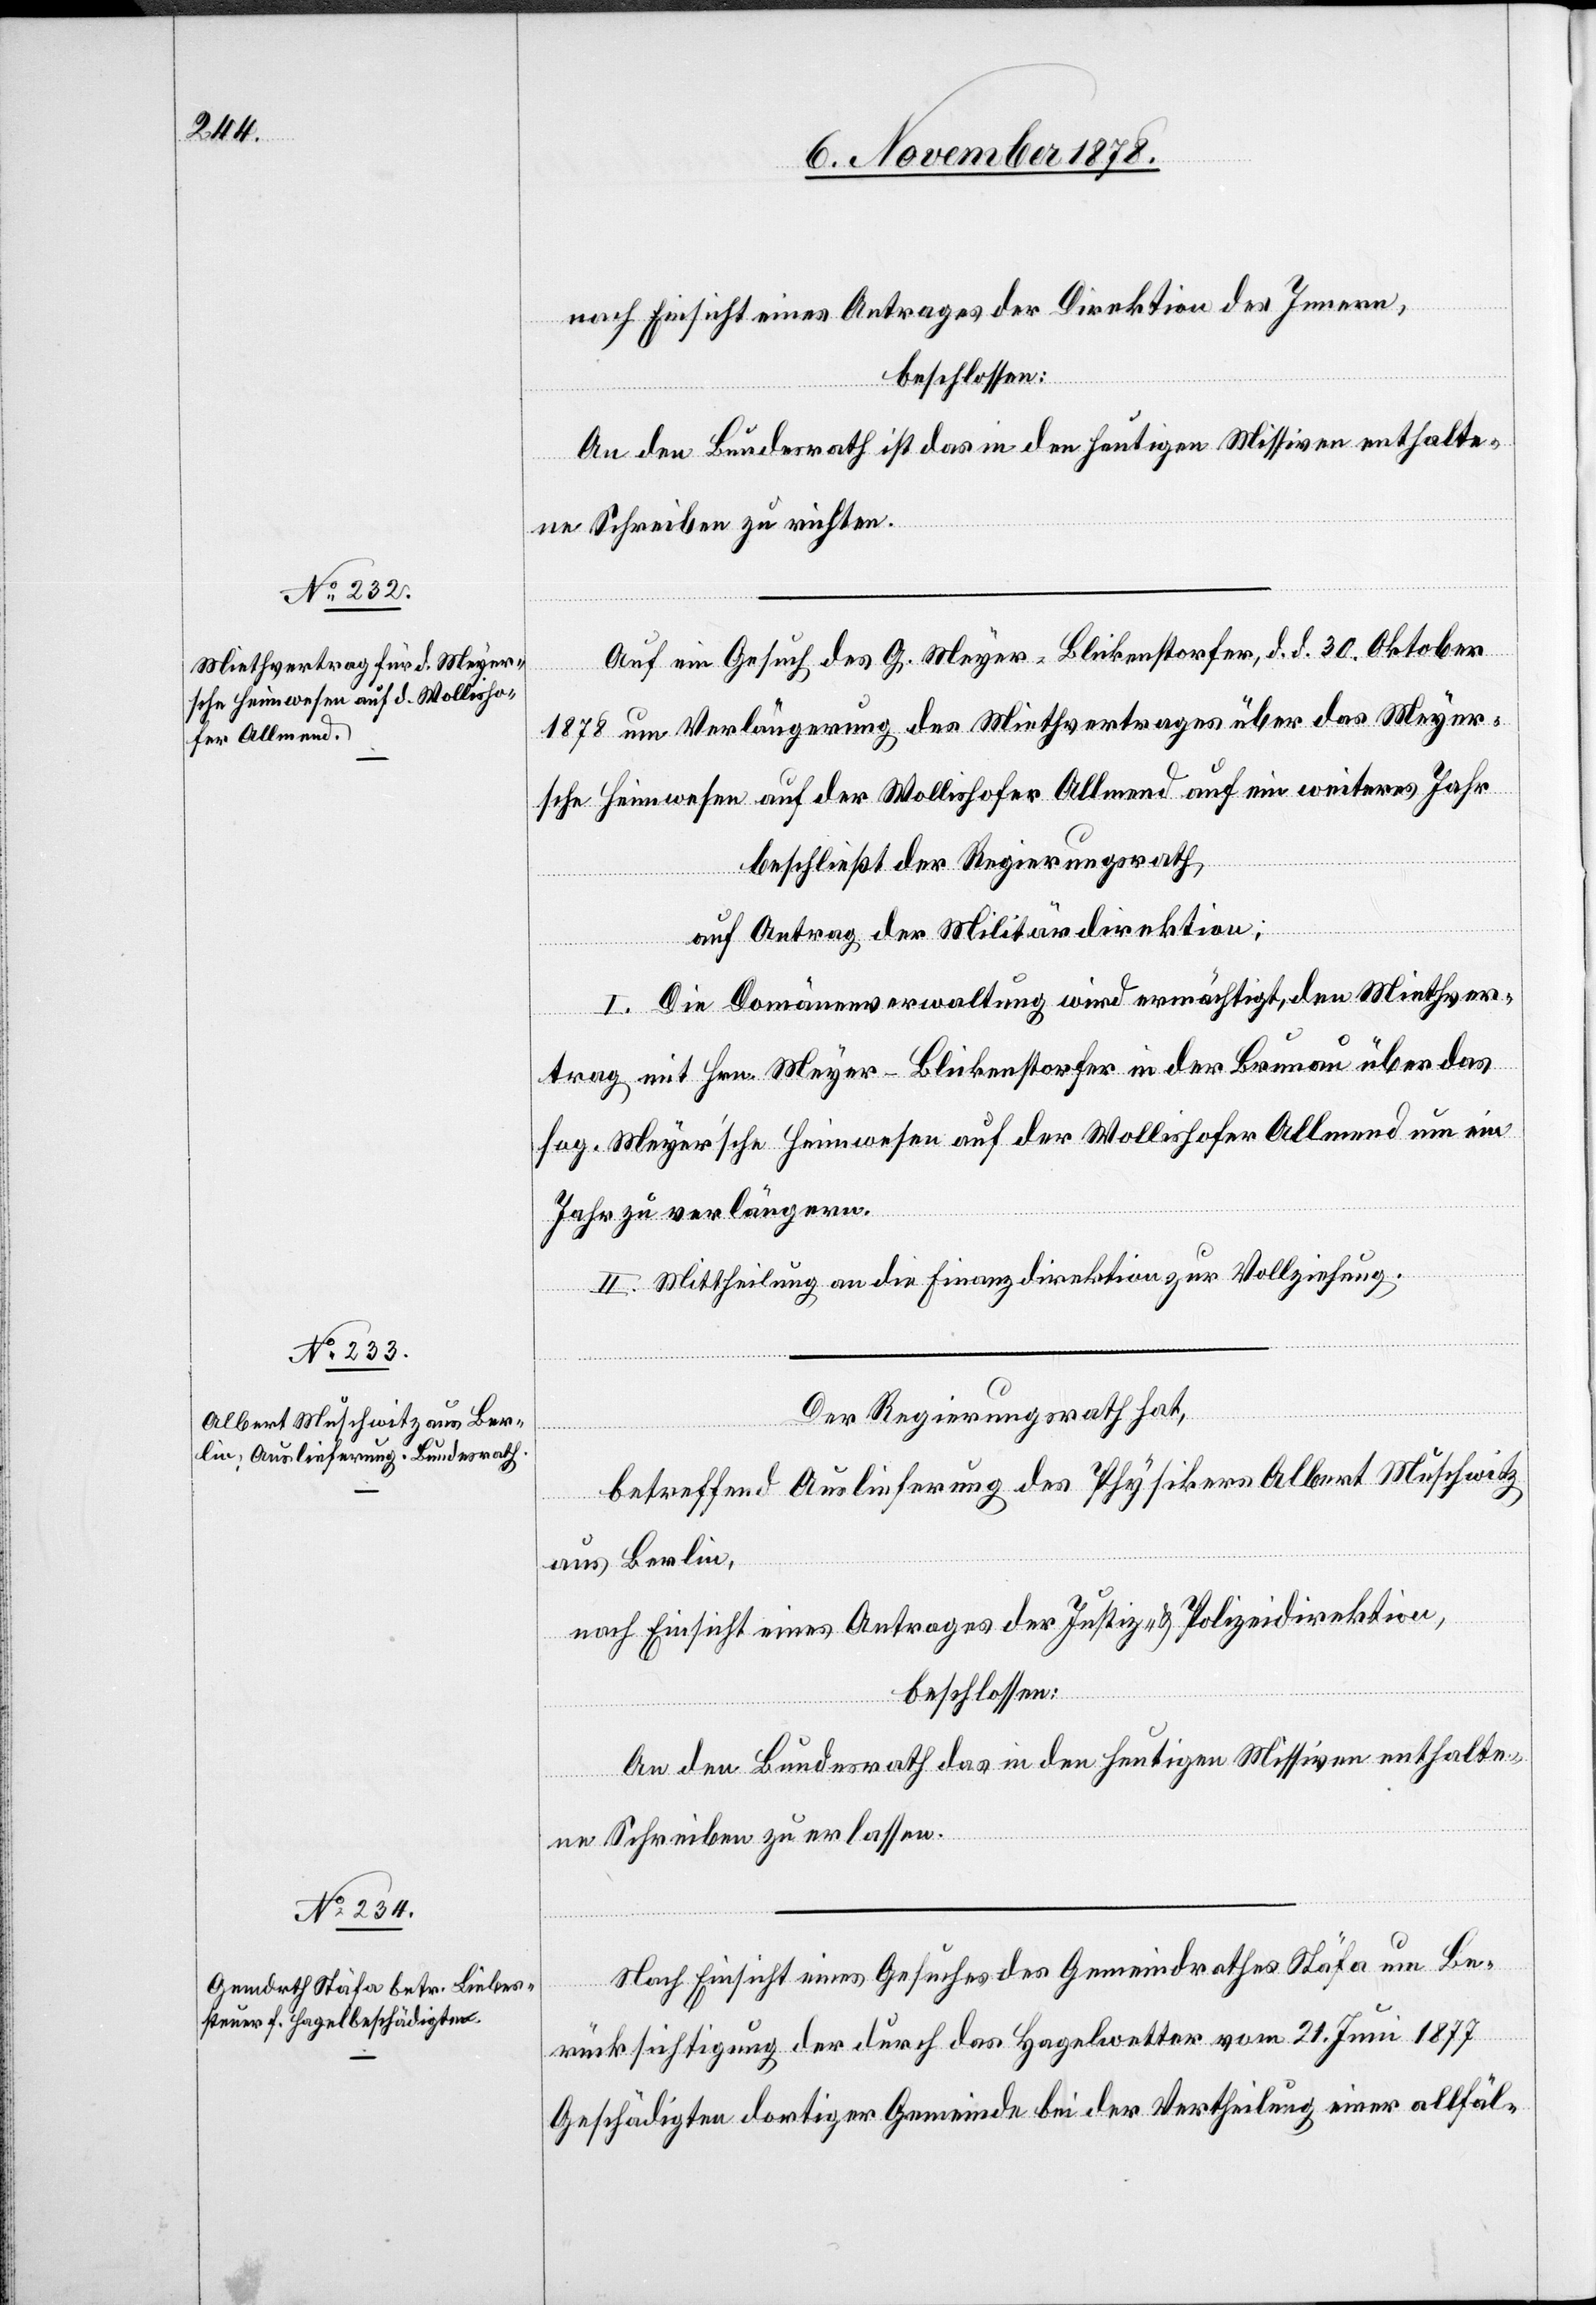
nach Einsicht eines Antrages der Direktion des Innern,
beschlossen:
An den Bundesrath ist das in den heutigen Missiven enthalte¬
ne Schreiben zu richten.
Auf ein Gesuch des G. Meyer-Blickenstorfer, d. d. 30. Oktober
1878 um Verlängerung des Miethvertrages über das Meyer¬
sche Heimwesen auf der Wollishofer Allmend auf ein weiteres Jahr
beschließt der Regierungsrath,
auf Antrag der Militärdirektion:
I. Die Domänenverwaltung wird ermächtigt, den Miethver¬
trag mit Hrn. Meyer-Blickenstorfer in der Brunau über das
sog. Meyer’sche Heimwesen auf er Wollishofer Allmend um ein
Jahr zu verlängern.
II. Mittheilung an die Finanzdirektion zur Vollziehung.
Der Regierungsrath hat,
betreffend Auslieferung des Physikers Albert Muschwitz
aus Berlin,
nach Einsicht eines Antrages der Justiz- & Polizeidirektion,
beschlossen:
An den Bundesrath das in den heutigen Missiven enthalte¬
ne Schreiben zu erlassen.
Nach Einsicht eines Gesuches des Gemeindrathes Stäfa um Be¬
rücksichtigung der durch das Hagelwetter vom 21. Juni 1877
Geschädigten dortiger Gemeinde bei der Vertheilung einer allfäl-